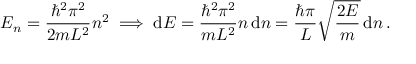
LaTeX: E _ { n } = { \frac { \hbar ^ { 2 } \pi ^ { 2 } } { 2 m L ^ { 2 } } } n ^ { 2 } \implies \operatorname { d } \! E = { \frac { \hbar ^ { 2 } \pi ^ { 2 } } { m L ^ { 2 } } } n \operatorname { d } \! n = { \frac { \hbar \pi } { L } } { \sqrt { \frac { 2 E } { m } } } \operatorname { d } \! n \, .